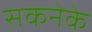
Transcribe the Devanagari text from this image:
सकनेके